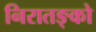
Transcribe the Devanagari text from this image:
निरातङ्को